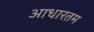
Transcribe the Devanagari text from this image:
आधारतम